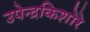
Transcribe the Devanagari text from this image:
उपेन्द्रकिशोरे